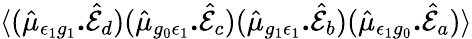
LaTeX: \langle(\hat{\mu}_{\epsilon_{1}g_{1}}\textbf{.}\hat{\mathcal{E}}_{d})(\hat{\mu}_{g_{0}\epsilon_{1}}\textbf{.}\hat{\mathcal{E}}_{c})(\hat{\mu}_{g_{1}\epsilon_{1}}\textbf{.}\hat{\mathcal{E}}_{b})(\hat{\mu}_{\epsilon_{1}g_{0}}\textbf{.}\hat{\mathcal{E}}_{a})\rangle